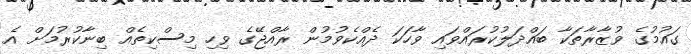
ގައުމުގެ ވުޒާރާތަކާ ބައްދަލުކުރައްވައި ވާހަކަ ދެއްކެވުމުން ރާއްޖޭގެ ވިހި މިސްކިތެއް ބިނާކުރުމަށް އެ